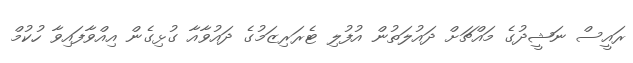
ރައީސް ނަޝީދުގެ މައްޗަށް ދައުލަތުން އުފުލި ޓެރަރިޒަމުގެ ދައުވާއާ ގުޅިގެން އިއްވާފައިވާ ހުކުމް